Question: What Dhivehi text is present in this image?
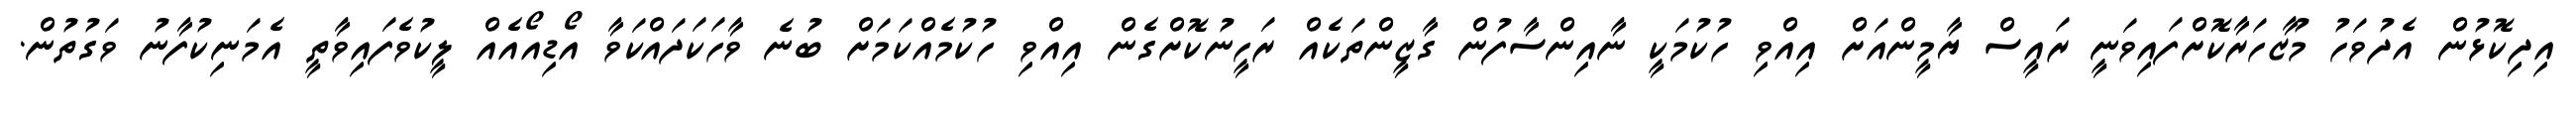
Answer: އިދިކޮޅުން އެދުވަހު މުޒާހަރާކޮށްފައިވަނީ ރައީސް ޔާމީންއަށް އިއްވި ހުކުމަކީ ނާއިންސާފުން ގާޒީންތަކެއް ރަހީނުކޮށްގެން އިއްވި ހުކުމެއްކަމަށް ބުނެ ވާހަކަދައްކަވާ އޯޑިއޯއެއް ލީކުވެފައިވާތީ އެމަނިކުފާނު ވަގުތުން.